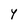
Character: Y